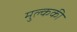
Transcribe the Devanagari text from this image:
मुल्ककी